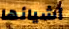
أشيائها